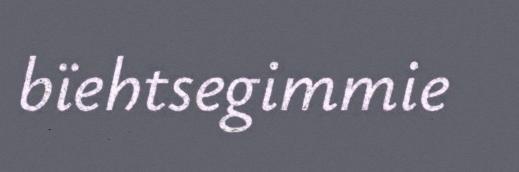
bïehtsegimmie